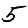
Digit: 5